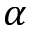
\alpha